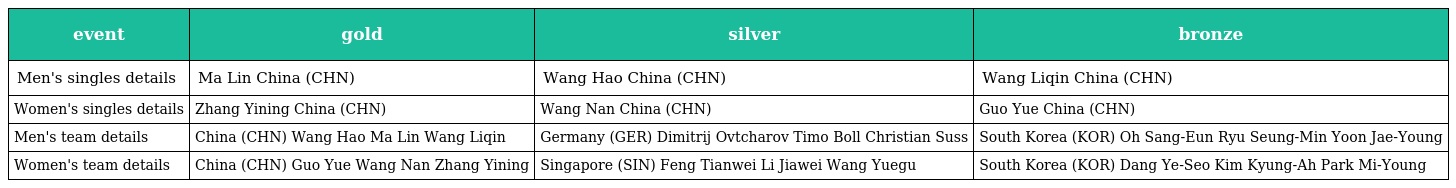
| event | gold | silver | bronze |
 | --- | --- | --- | --- |
 | Men's singles details | Ma Lin China (CHN) | Wang Hao China (CHN) | Wang Liqin China (CHN) |
 | Women's singles details | Zhang Yining China (CHN) | Wang Nan China (CHN) | Guo Yue China (CHN) |
 | Men's team details | China (CHN) Wang Hao Ma Lin Wang Liqin | Germany (GER) Dimitrij Ovtcharov Timo Boll Christian Suss | South Korea (KOR) Oh Sang-Eun Ryu Seung-Min Yoon Jae-Young |
 | Women's team details | China (CHN) Guo Yue Wang Nan Zhang Yining | Singapore (SIN) Feng Tianwei Li Jiawei Wang Yuegu | South Korea (KOR) Dang Ye-Seo Kim Kyung-Ah Park Mi-Young |